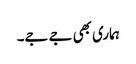
ہماری بھی جے جے۔